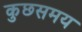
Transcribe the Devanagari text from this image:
कुछसमय